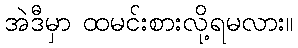
အဲဒီမှာ ထမင်းစားလို့ရမလား။